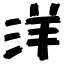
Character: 洋